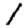
Digit: 1